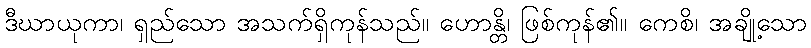
ဒီဃာယုကာ၊ ရှည်သော အသက်ရှိကုန်သည်။ ဟောန္တိ၊ ဖြစ်ကုန်၏။ ကေစိ၊ အချို့သော